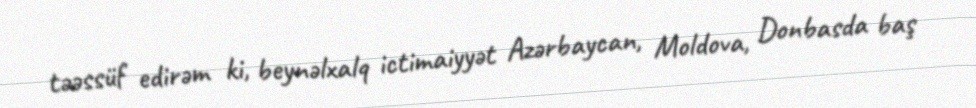
təəssüf edirəm ki, beynəlxalq ictimaiyyət Azərbaycan, Moldova, Donbasda baş